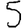
Digit: 5